Indian journal of veterinary science and animal husbandry - Volume 6,
Year: 1936
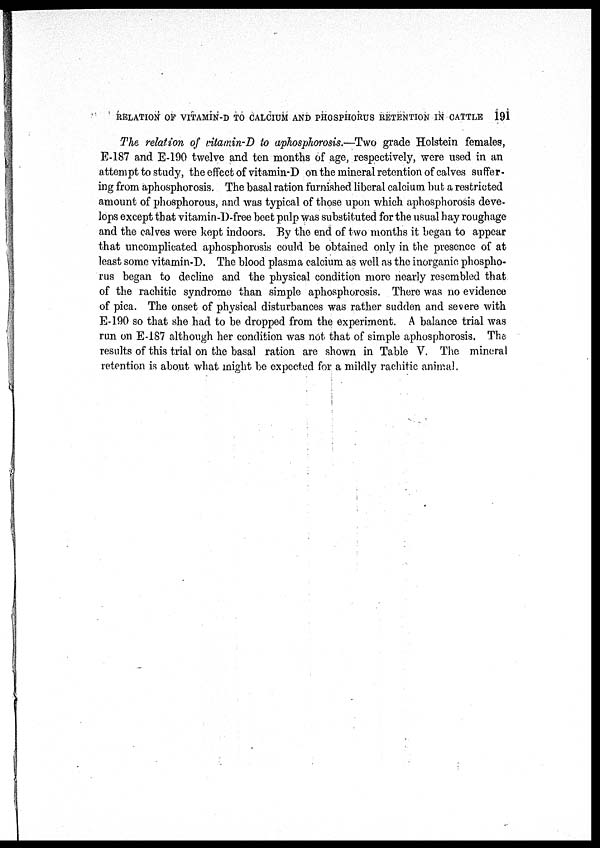
RELATION OF VITAMIN-D TO CALCIUM AND PHOSPHORUS RETENTION IN CATTLE 191
The relation of vitamin-D to aphosphorosis.—Two grade Holstein females,
E-187 and E-190 twelve and ten months of age, respectively, were used in an
attempt to study, the effect of vitamin-D on the mineral retention of calves suffer-
ing from aphosphorosis. The basal ration furnished liberal calcium but a restricted
amount of phosphorous, and was typical of those upon which aphosphorosis deve-
lops except that vitamin-D-free beet pulp was substituted for the usual hay roughage
and the calves were kept indoors. By the end of two months it began to appear
that uncomplicated aphosphorosis could be obtained only in the presence of at
least some vitamin-D. The blood plasma calcium as well as the inorganic phospho-
rus began to decline and the physical condition more nearly resembled that
of the rachitic syndrome than simple aphosphorosis. There was no evidence
of pica. The onset of physical disturbances was rather sudden and severe with
E-190 so that she had to be dropped from the experiment. A balance trial was
run on E-187 although her condition was not that of simple aphosphorosis. The
results of this trial on the basal ration are shown in Table V. The mineral
retention is about what might be expected for a mildly rachitic animal.